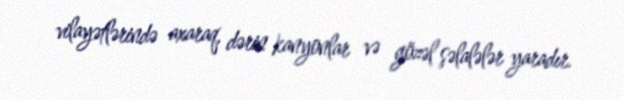
vilayətlərində axaraq, dərin kanyonlar və gözəl şəlalələr yaradır.